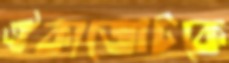
ঐক্যজোটকে